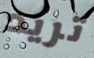
تريد